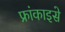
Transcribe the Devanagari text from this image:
फ्रांकाइसे